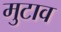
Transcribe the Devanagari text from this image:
मुटाव